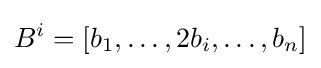
B^{i}=[b_{1},\ldots ,2b_{i},\ldots ,b_{n}]